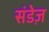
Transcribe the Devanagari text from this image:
संडेज़